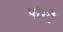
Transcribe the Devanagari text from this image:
पोगों